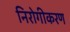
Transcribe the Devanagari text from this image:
निरोगीकरण